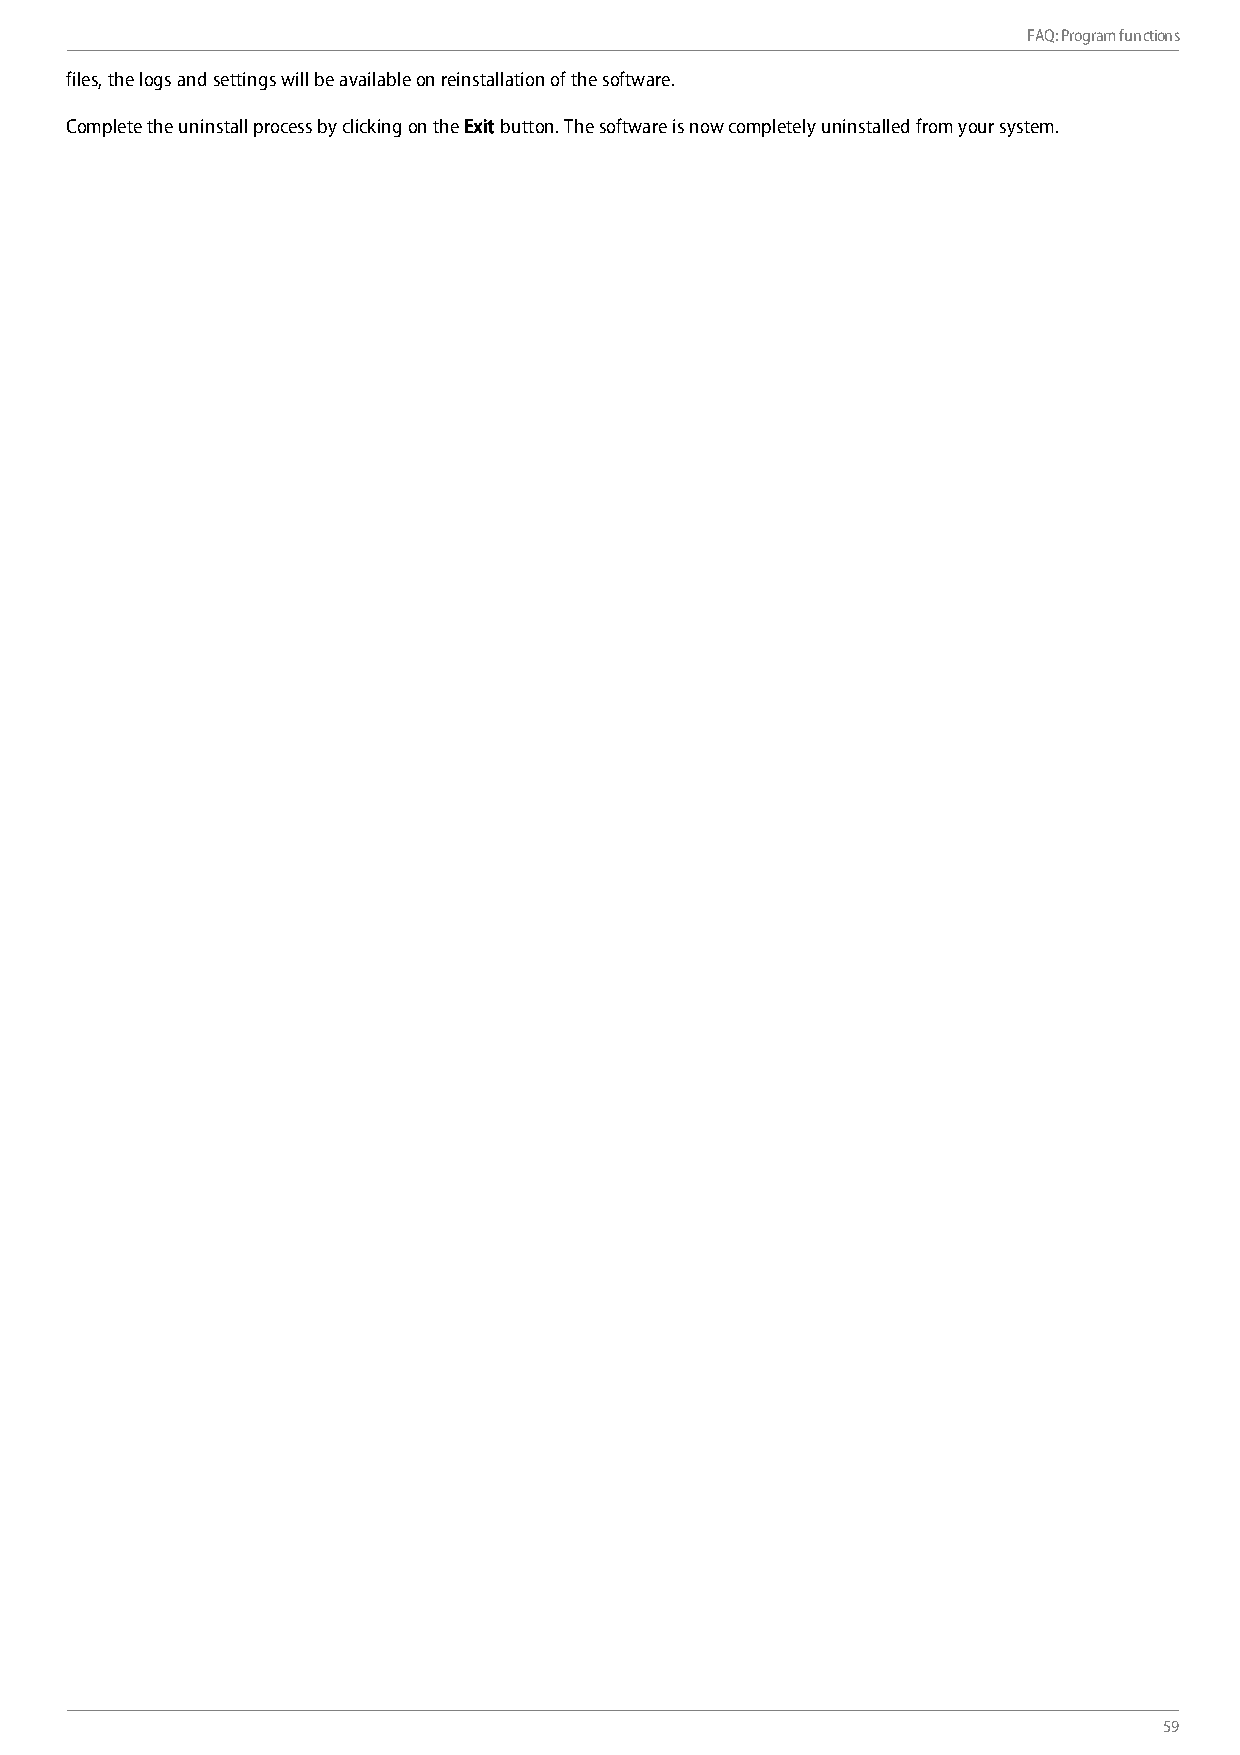
FAQ: Program functions
 files, the logs and settings will be available on reinstallation of the software.
 Complete the uninstall process by clicking on the Exit button. The software is now completely uninstalled from your system.
 59